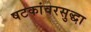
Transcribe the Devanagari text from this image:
षटकांवरसुद्धा